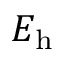
E _ { \mathrm { h } }